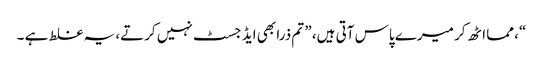
“، مما اٹھ کر میرے پاس آتی ہیں، ” تم ذرا بھی ایڈ جسٹ نہیں کرتے، یہ غلط ہے ۔